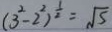
( 3 ^ { 2 } - 2 ^ { 2 } ) ^ { \frac { 1 } { 2 } } = \sqrt { 5 }